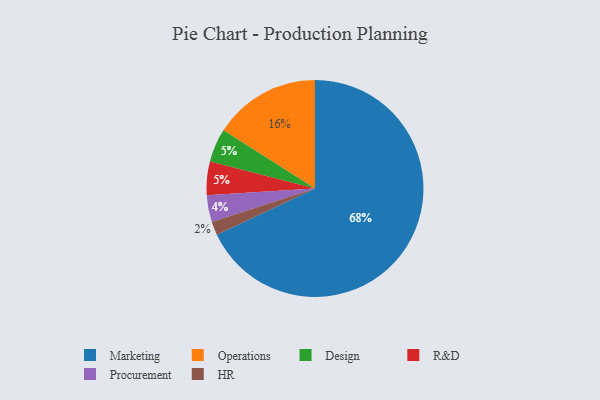
{"axis": {"x": "Category", "y": "Percentage"}, "legend": ["Design", "HR", "Marketing", "Operations", "Procurement", "R&D"], "data": [{"x": "Marketing", "y": 68, "type": "Marketing"}, {"x": "Procurement", "y": 4, "type": "Procurement"}, {"x": "Design", "y": 5, "type": "Design"}, {"x": "Operations", "y": 16, "type": "Operations"}, {"x": "R&D", "y": 5, "type": "R&D"}, {"x": "HR", "y": 2, "type": "HR"}]}